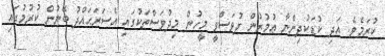
ކުރަމެވެ. އަދި ކުޑަކުދިންނާ ޢުމުރުން ދުވަސްވީ މީހުން މިދުވަސްތަކުގައި އެސަރަޙައްދު ބޭނުން ކުރުމުގައި